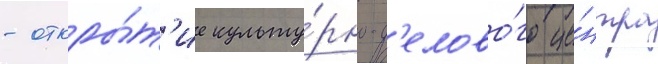
- откры́т'ие культу́рно-д'елово́го це́нтра